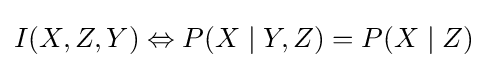
I(X,Z,Y)\Leftrightarrow P(X\mid Y,Z)=P(X\mid Z)